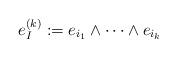
LaTeX: \begin{align*}e^{(k)}_I:=e_{i_1}\wedge \cdots \wedge e_{i_k}\end{align*}